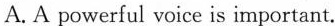
A. A powerful voice is important.